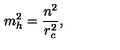
m _ { h } ^ { 2 } = \frac { n ^ { 2 } } { r _ { c } ^ { 2 } } ,